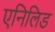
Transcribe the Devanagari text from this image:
एनिलिड